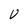
Character: V